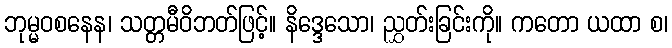
ဘုမ္မဝစနေန၊ သတ္တမီဝိဘတ်ဖြင့်။ နိဒ္ဒေသော၊ ညွှတ်းခြင်းကို။ ကတော ယထာ စ၊